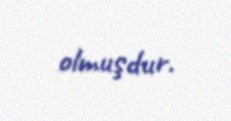
olmuşdur.